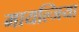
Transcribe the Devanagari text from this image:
मायल्जिया